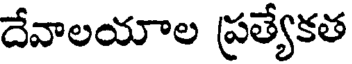
దేవాలయాల ప్రత్యేకత